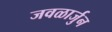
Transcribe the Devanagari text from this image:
जवळार्जुन